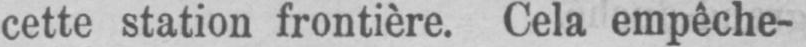
cette station frontière. Cela empêche-